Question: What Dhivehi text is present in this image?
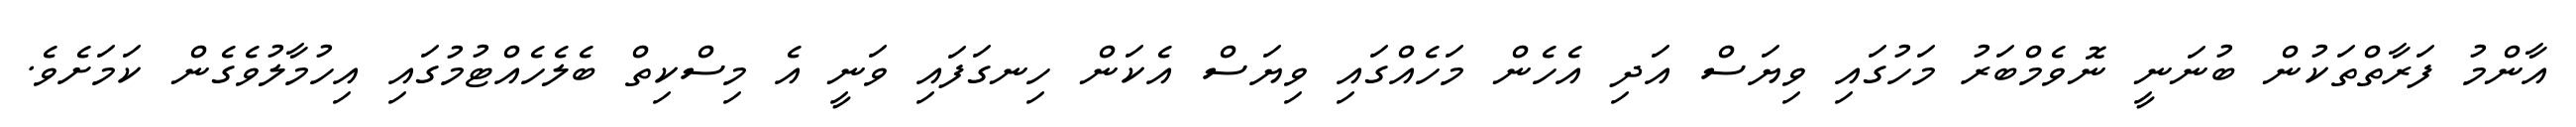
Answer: އާންމު ފަރާތްތަކުން ބުނަނީ ނޮވެމްބަރު މަހުގައި ވިޔަސް އަދި އެހެން މަހެއްގައި ވިޔަސް އެކަން ހިނގަފައި ވަނީ އެ މިސްކިތް ބެލެހެއްޓުމުގައި އިހުމާލުވެގެން ކަމަށެވެ.